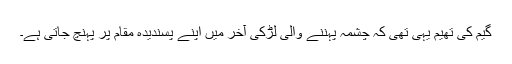
گیم کی تھیم یہی تھی کہ چشمہ پہننے والی لڑکی آخر میں اپنے پسندیدہ مقام پر پہنچ جاتی ہے۔